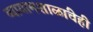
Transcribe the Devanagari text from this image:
व्यायामशाळांचेही